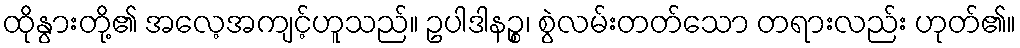
ထိုနွားတို့၏ အလေ့အကျင့်ဟူသည်။ ဥပါဒါနဉ္စ၊ စွဲလမ်းတတ်သော တရားလည်း ဟုတ်၏။